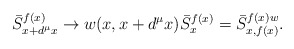
\begin{align*} \bar{S}^{f(x)}_{x+d^{\mu}x}\rightarrow w(x,x+d^{\mu}x)\bar{S}^{f(x)}_{x}=\bar{S}^{f(x)w}_{x,f(x)}. \end{align*}